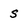
Character: s